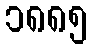
၁၈၈၅